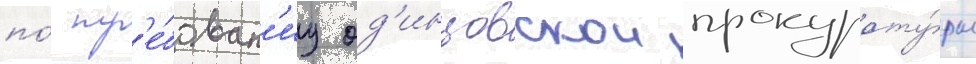
по́ тр'е́бован'иу од'инцовскои прокурату́ры